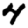
Digit: 4